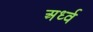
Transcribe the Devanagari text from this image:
अर्ध्व